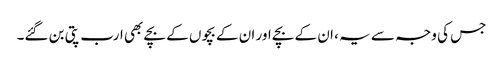
جس کی وجہ سے یہ ، ان کے بچے اور ان کے بچوں کے بچے بھی ارب پتی بن گئے۔